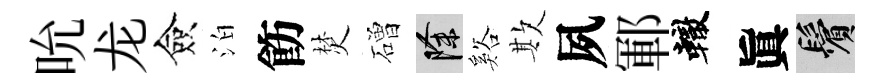
吮龙僉泊飭焚磳除谿欺夙鄆轍眞鬢